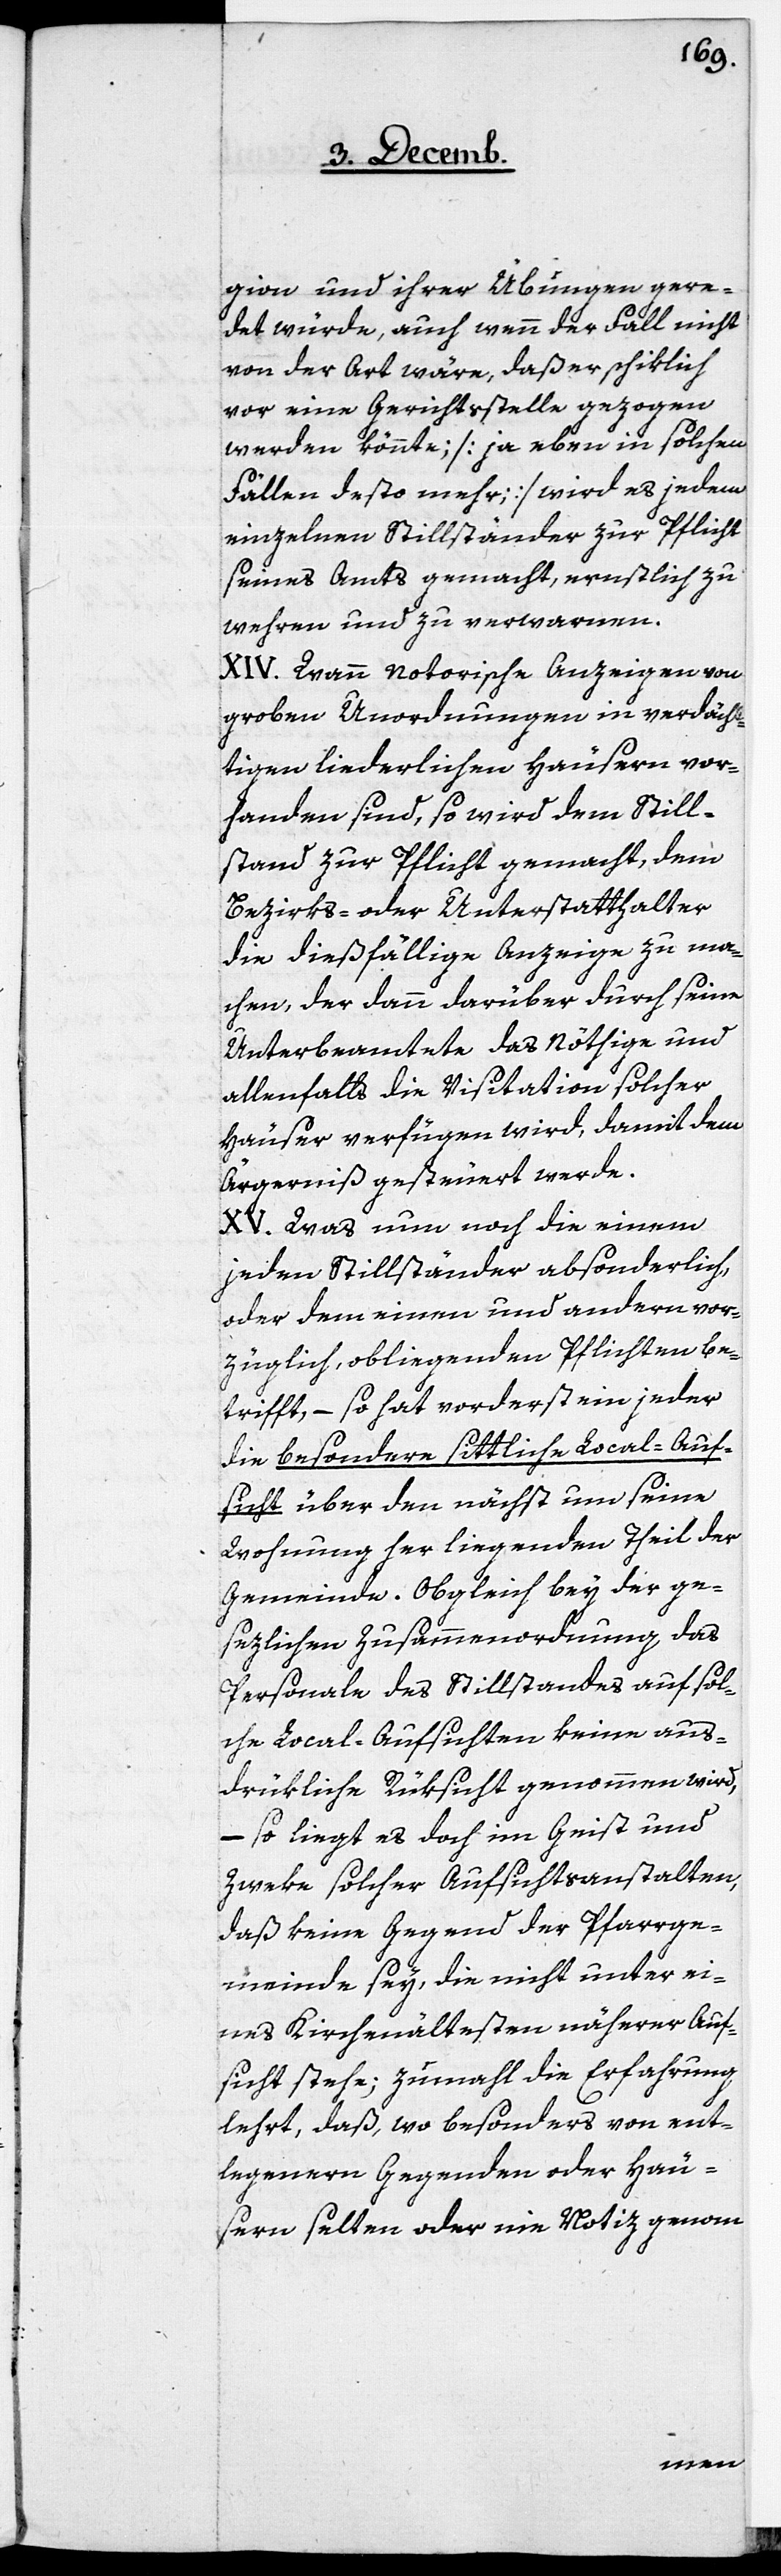
gion und ihrer Übungen gere¬
det würde, auch wenn der Fall nicht
von der Art wäre, daß er schiklich
vor eine Gerichtsstelle gezogen
werden könnte; [je eben in solchen
Fällen desto mehr;] wird es jedem
einzelnen Stillständer zur Pflicht
seines Amts gemacht, ernstlich zu
wehren und zu verwarnen.
XIV. Wann notorische Anzeigen von
groben Unordnungen in verdäch¬
tigen liederlichen Häusern vor¬
handen sind, so wird dem Still¬
stand zur Pflicht gemacht, dem
Bezirks- oder Unterstatthalter
die dießfällige Anzeige zu ma¬
chen, der dann darüber durch seine
Unterbeamtete das Nöthige und
allenfalls die Visitation solcher
Häuser verfügen wird, damit dem
Ärgerniß gesteuert werde.
XV. Was nun noch die einem
jeden Stillständer absonderlich,
oder dem einen und andern vor¬
züglich, obliegenden Pflichten be¬
trifft, – so hat vorderst ein jeder
die besondere sittliche Local-Auf¬
sicht über den nächst um seine
Wohnung her liegenden Theil der
Gemeinde. Obgleich bey der ge¬
sezlichen Zusammenordnung das
Personale des Stillstandes auf sol¬
che Local-Aufsichten keine aus¬
drükliche Rüksicht genohmen wird,
– so liegt es doch im Geist und
Zweke solcher Aufsichtsanstalten,
daß keine Gegend der Pfarrge¬
meinde sey, die nicht unter ei¬
nes Kirchenältesten näherer Auf¬
sicht stehe; zumahl die Erfahrung
lehrt, daß, wo besonders von ent¬
legenern Gegenden oder Häu¬
sern selten oder nie Notiz genom-